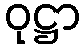
ဝုဋ္ဌာ